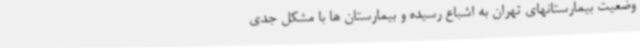
وضعیت بیمارستانهای تهران به اشباع رسیده و بیمارستان ها با مشکل جدی